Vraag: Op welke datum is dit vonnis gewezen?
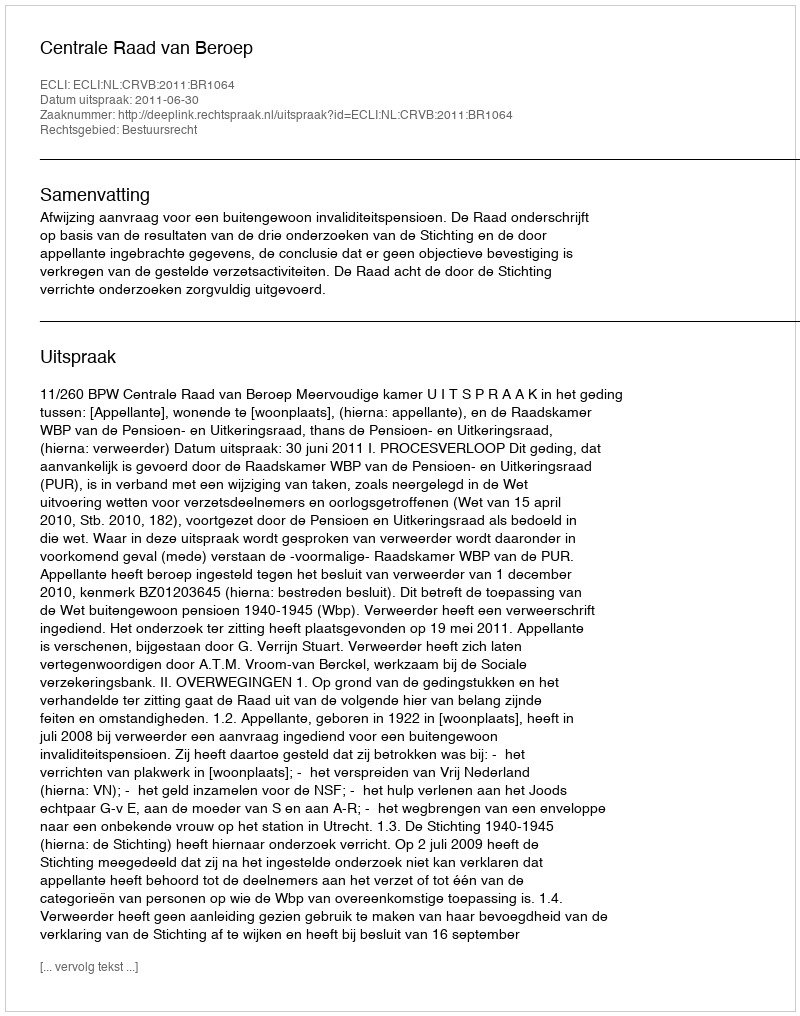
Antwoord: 2011-06-30